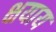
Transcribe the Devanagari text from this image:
क्षयाय